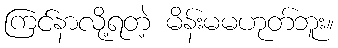
ကြင်နာလို့ရတဲ့ မိန်းမမဟုတ်ဘူး။